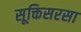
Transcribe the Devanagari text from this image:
सूक्तिसरसा